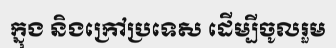
ក្នុង និងក្រៅប្រទេស ដើម្បីចូលរួម